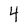
Character: 4